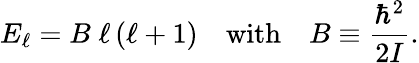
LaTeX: E_{\ell}=B\; \ell\left(\ell+1\right)\quad{\textrm{with}}\quad B\equiv{\frac{\hbar^{2}}{2I}}.